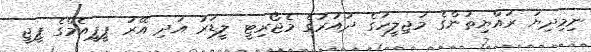
ނިމިދިޔަ ރައްޔިތުންގެ މަޖިލީހުގެ ދައުރުގެ މެޖޯރިޓީ ލީޑަރު އަދި އޭރު ޕީޕީއެމްގެ ޕީޖީ